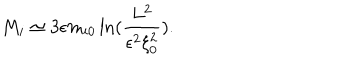
M _ { i } \simeq 3 \epsilon m _ { i 0 } \ln ( \frac { L ^ { 2 } } { \epsilon ^ { 2 } \xi _ { 0 } ^ { 2 } } ) .